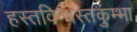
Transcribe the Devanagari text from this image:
हस्तविन्यस्तकुम्भा